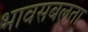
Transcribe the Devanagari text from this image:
भावसबलता